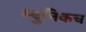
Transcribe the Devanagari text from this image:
म्युनिकच